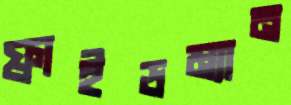
ফ্রাইডম্যান